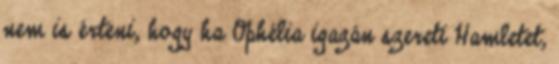
nem is érteni, hogy ha Ophélia igazán szereti Hamletet,